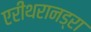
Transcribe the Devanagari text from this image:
एरीथरानड्रा